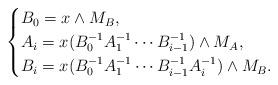
LaTeX: \begin{gather*}\begin{cases}B_0 = x \wedge M_{B},\\A_{i} = x(B_{0}^{-1}A_{1}^{-1}\cdots B_{i-1}^{-1}) \wedge M_{A},\\B_{i} = x(B_{0}^{-1}A_{1}^{-1}\cdots B_{i-1}^{-1}A_{i}^{-1}) \wedge M_{B}.\end{cases}\end{gather*}